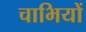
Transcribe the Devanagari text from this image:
चाभियों